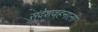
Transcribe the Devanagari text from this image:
संदेशवहनाला